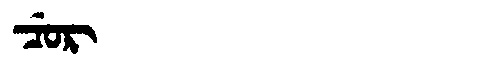
Manchu: ᠴᡠᡵ
Romanization: CUR